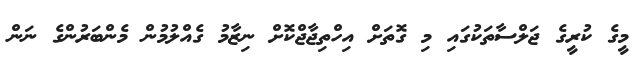
މީގެ ކުރީގެ ޖަލްސާތަކުގައި މި ގޮތަށް އިހްތިޖާޖްކޮށް ނިޒާމު ގެއްލުމުން މެންބަރުންގެ ނަން